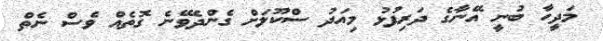
މަދީހާ ބުނީ އޭނާގެ ދަރިފުޅު މިއަދު ސްކޫލަށް ގެންދެވޭނެ ގޮތެއް ވެސް ނެތް